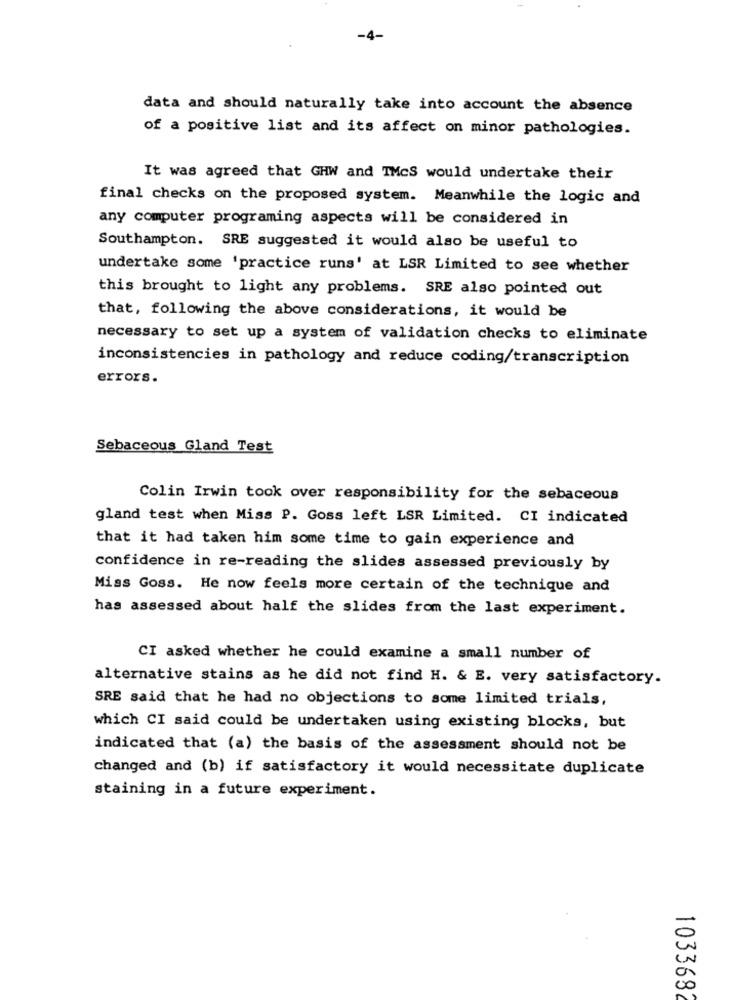
-4-
data and should naturally take into account the absence
of a positive list and its affect on minor pathologies.
It was agreed that GHW and TMcS would undertake their
final checks on the proposed system. Meanwhile the logic and
any computer programing aspects will be considered in
Southampton. SRE suggested it would also be useful to
undertake some 'practice runs' at LSR Limited to see whether
this brought to light any problems. SRE also pointed out
that, following the above considerations, it would be
necessary to set up a system of validation checks to eliminate
inconsistencies in pathology and reduce coding/transcription
errors.
Sebaceous Gland Test
Colin Irwin took over responsibility for the sebaceous
gland test when Miss P. Goss left LSR Limited. CI indicated
that it had taken him some time to gain experience and
confidence in re-reading the slides assessed previously by
Miss Goss. He now feels more certain of the technique and
has assessed about half the slides from the last experiment.
CI asked whether he could examine a small number of
alternative stains as he did not find H. & E. very satisfactory.
SRE said that he had no objections to some limited trials,
which CI said could be undertaken using existing blocks, but
indicated that (a) the basis of the assessment should not be
changed and (b) if satisfactory it would necessitate duplicate
staining in a future experiment.
00
103368